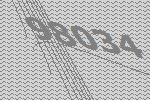
98034